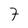
Character: 7